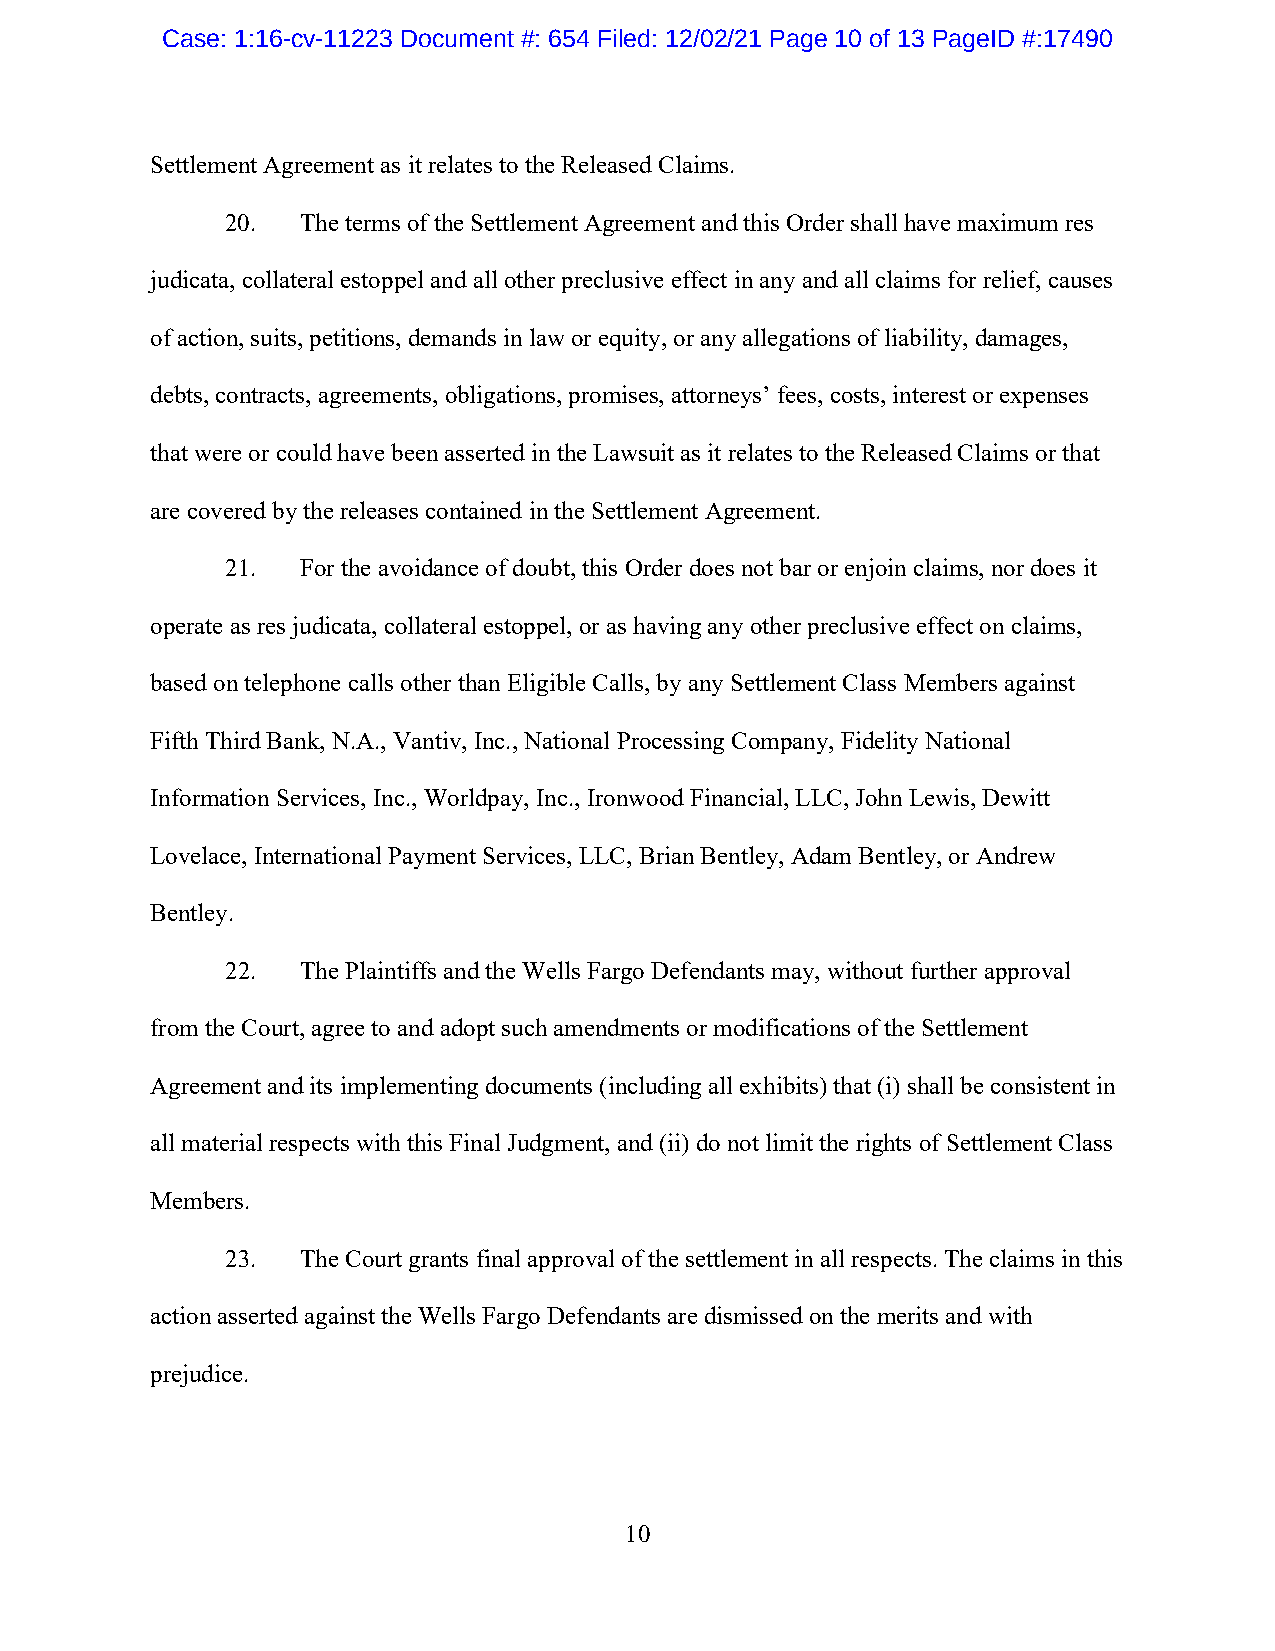
Case: 1:16-cv-11223 Document #: 654 Filed: 12/02/21 Page 10 of 13 PageID #:17490
 Settlement Agreement as it relates to the Released Claims.
 20.  The terms of the Settlement Agreement and this Order shall have maximum res
 judicata, collateral estoppel and all other preclusive effect in any and all claims for relief, causes
 of action, suits, petitions, demands in law or equity, or any allegations of liability, damages,
 debts, contracts, agreements, obligations, promises, attorneys’ fees, costs, interest or expenses
 that were or could have been asserted in the Lawsuit as it relates to the Released Claims or that
 are covered by the releases contained in the Settlement Agreement.
 21.  For the avoidance of doubt, this Order does not bar or enjoin claims, nor does it
 operate as res judicata, collateral estoppel, or as having any other preclusive effect on claims,
 based on telephone calls other than Eligible Calls, by any Settlement Class Members against
 Fifth Third Bank, N.A., Vantiv, Inc., National Processing Company, Fidelity National
 Information Services, Inc., Worldpay, Inc., Ironwood Financial, LLC, John Lewis, Dewitt
 Lovelace, International Payment Services, LLC, Brian Bentley, Adam Bentley, or Andrew
 Bentley.
 22.  The Plaintiffs and the Wells Fargo Defendants may, without further approval
 from the Court, agree to and adopt such amendments or modifications of the Settlement
 Agreement and its implementing documents (including all exhibits) that (i) shall be consistent in
 all material respects with this Final Judgment, and (ii) do not limit the rights of Settlement Class
 Members.
 23.  The Court grants final approval of the settlement in all respects. The claims in this
 action asserted against the Wells Fargo Defendants are dismissed on the merits and with
 prejudice.
 10